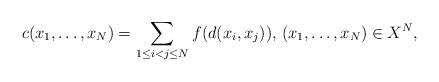
LaTeX: \begin{align*}c(x_1,\ldots, x_N)=\sum_{1\le i<j\le N}f(d(x_i,x_j)), \, (x_1,\ldots,x_N)\in X^N,\end{align*}